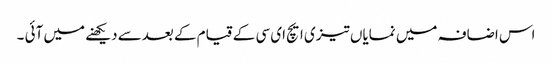
اس اضافہ میں نمایاں تیزی ایچ ای سی کے قیام کے بعدسے دیکھنے میں آئی ۔